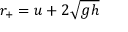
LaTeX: r _ { + } = u + 2 { \sqrt { g h } }